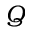
Q